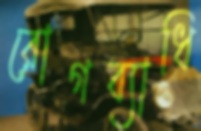
রোগব্যাধি